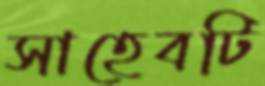
সাহেবটি